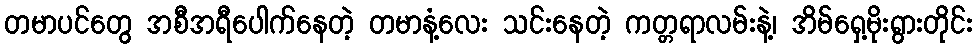
တမာပင်တွေ အစီအရီပေါက်နေတဲ့ တမာနံ့လေး သင်းနေတဲ့ ကတ္တရာလမ်းနဲ့၊ အိမ်ရှေ့မိုးရွားတိုင်း